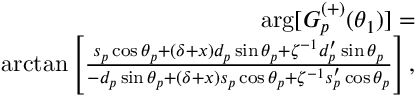
\begin{array} { r l r } & { } & { \arg [ G _ { p } ^ { ( + ) } ( \theta _ { 1 } ) ] = } \\ & { } & { \arctan \left[ \frac { s _ { p } \cos \theta _ { p } + \left( \delta + x \right) d _ { p } \sin \theta _ { p } + \zeta ^ { - 1 } d _ { p } ^ { \prime } \sin \theta _ { p } } { - d _ { p } \sin \theta _ { p } + \left( \delta + x \right) s _ { p } \cos \theta _ { p } + \zeta ^ { - 1 } s _ { p } ^ { \prime } \cos \theta _ { p } } \right] , } \end{array}